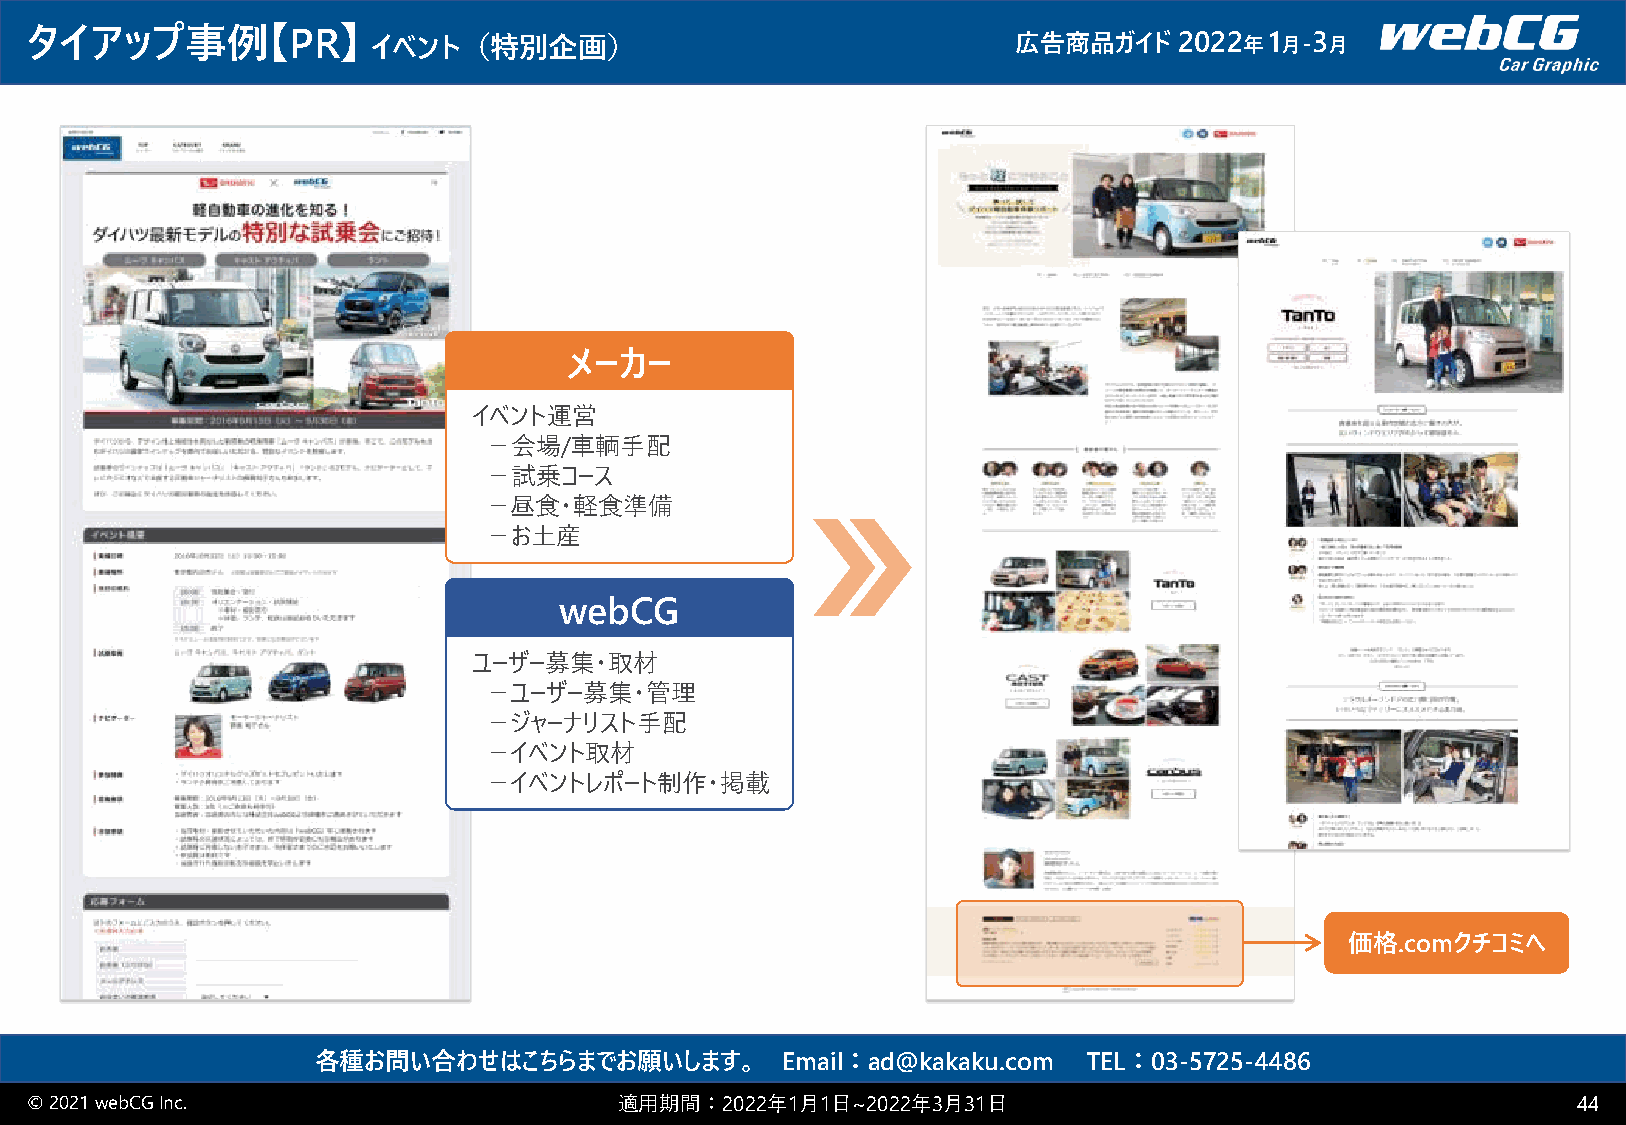
タイアップ事例【PR】            イベント（特別企画）                                広告商品ガイド    2022 年1 月-3 月
 メーカー
 イベント運営
 －会場/車輌手配
 －試乗コース
 －昼食・軽食準備
 －お土産
 webCG
 ユーザー募集・取材
 －ユーザー募集・管理
 －ジャーナリスト手配
 －イベント取材
 －イベントレポート制作・掲載
 価格.comクチコミへ
 各種お問い合わせはこちらまでお願いします。          Email：ad@kakaku.com TEL：03-5725-4486
 © 2021 webCGInc.                       適用期間：2022年1月1日~2022年3月31日                                      44